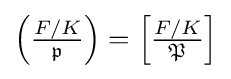
{\textstyle \left({\frac {F/K}{\mathfrak {p}}}\right)=\left[{\frac {F/K}{\mathfrak {P}}}\right]}